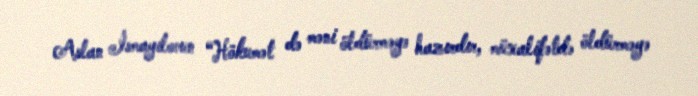
Aslan İsmayılovun “Hökumət də məni öldürməyə hazırdır, müxalifətdə öldürməyə